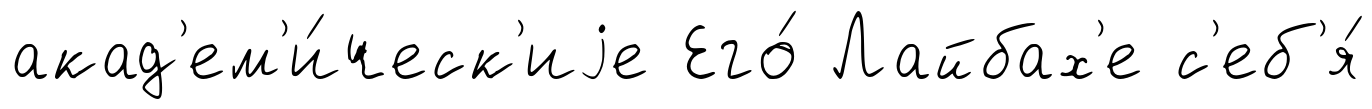
акад'ем'и́ческ'иjе Его́ Лайбах'е с'еб'я́